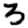
Digit: 3